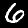
Digit: 6